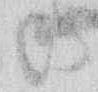
の